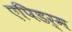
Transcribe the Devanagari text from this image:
एपिडर्म